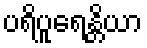
ပရိပူရေန္တိယာ